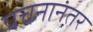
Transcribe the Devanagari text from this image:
पचनानंतर